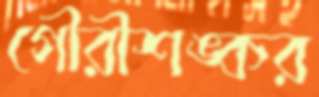
গৌরীশঙ্কর